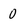
Character: 0